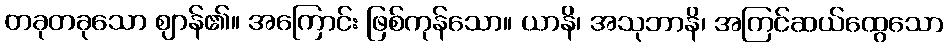
တခုတခုသော ဈာန်၏။ အကြောင်း ဖြစ်ကုန်သော။ ယာနိ၊ အသုဘာနိ၊ အကြင်ဆယ်ထွေသော